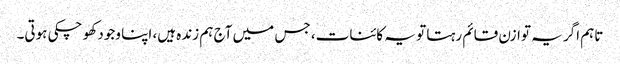
تاہم اگر یہ توازن قائم رہتا تو یہ کائنات، جس میں آج ہم زندہ ہیں، اپنا وجود کھو چکی ہوتی۔